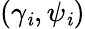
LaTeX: (\gamma_{\mathit{i}},\psi_{\mathit{i}})